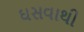
ઘસવાથી